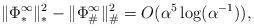
LaTeX: \begin{align*}\|\Phi_*^{\infty}\|_*^2 - \|\Phi_{\#}^{\infty}\|^2_{\#} = O(\alpha^{5}\log(\alpha^{-1})),\end{align*}